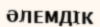
ӘЛЕМДІК